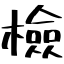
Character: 檢